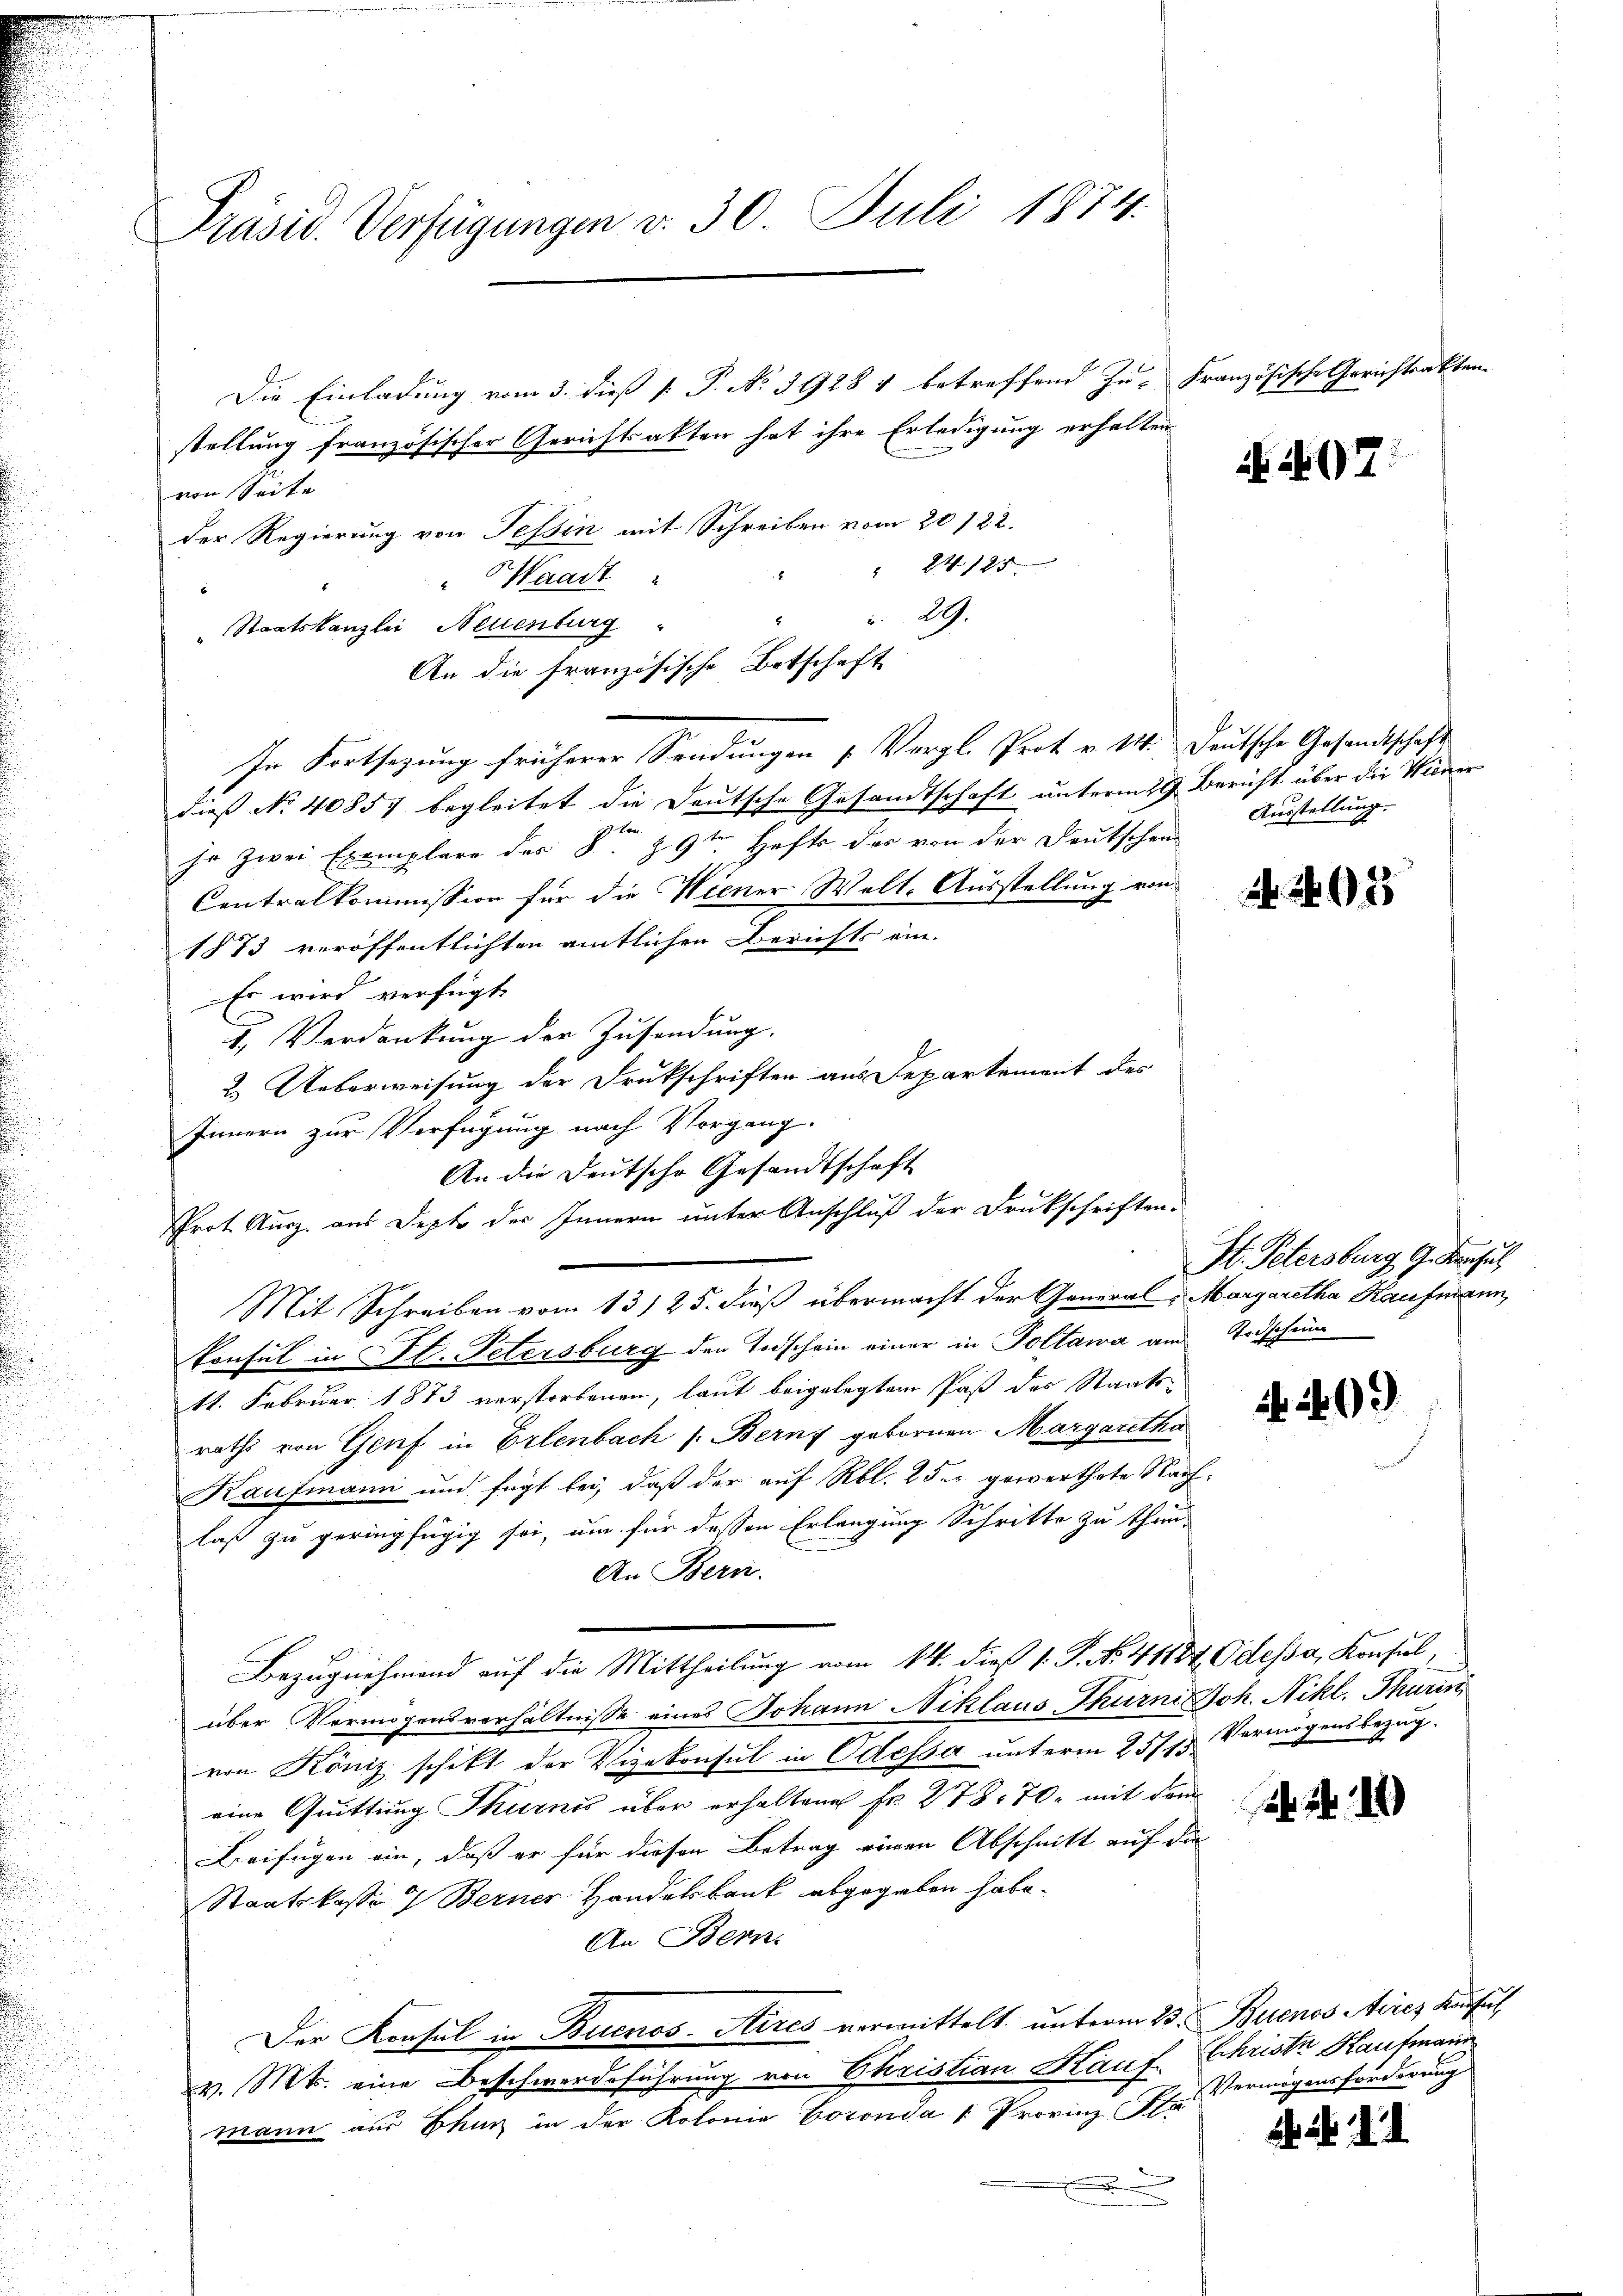
Präsid. Verfügungen v. 30 Juli 1874.

Die Einladung vom 3. dieß P. P. No 39284 betreffend Zu- Französische Gerichtsakten
stellung französischer Gerichtsakten hat ihre Erledigung erhalten
von Seite
der Regierung von Tessin mit Schreiben vom 20122.
24125
“ Waadt
29.
Staatskanzlei Neuenburg
An die französische Botschaft
In Fortsezung früherer Sendungen Vergl. Prot. v. 14. Deutsche Gesandtschaft
dieß No 40857 begleitet die Deutsche Gesandtschaft unterm 29. Bericht über die Wiener
hr zwei Exemplare der §. 29ten Hefts der von der Deutschen
Centralkommission für die Wiener Welt-Ausstellung von
1873 veröffentlichten amtlichen Berichts ein.
Es wird verfügt
5. Verdankung der Zusendung.
2. Ueberweisung der Drukschriften aus Departement des
Innern zur Verfügung nach Vorgang.
An die Deutsche Gesandtschaft
Prot. Ausz. aus Depto des Innern unter Anschluß der Drukschriften-
Mit Schreiben vom 13. 25. dieß übermacht der General-Margaretha Kaufmann,
konsul in St. Petersburg den Todschein einer in Poltawa am Todschun
11. Februar 1883 verstorbenen, laut beigelegtem Paß des Staatsraths von Genf in Erlenbach s. Bern gebornen Margaretha
Kaufmann und fügt bei, daß der auf Rbl. 25. gewerthete Nachlaß zu geringfügig sei, um für dessen Erlangung Schritte zu thun,
An Bern.
Bezugnahmend auf die Mittheilung vom 14. dieß 1. P. No. 41184, Odessa, Konsul,
über Vermögensverhältnisse eines Johann Niklaus Thurni Joh. Nikl. Thurin
von Köniz schikt der Vizekonsul in Odessa unterm 251. 73. Vermögensbezug.
eine Quittung Thurnis über erhaltene Fr. 278. 70. mit dem
Beifügen ein, daß er für diesen Betrag einen Abschnitt auf die
Staatskasso 7 Berner Handelsbank abgegeben habe.
An Bern.
Der Konsul in Buenos-Aires vermittelt, unterm 23. Buenos Aires Kaufsich
v. Mts. eine Beschwerdeführung von Christian Kauf. Schriste Kaufmann
mann aus Thur in der Kolonia Goronda " Provinz Pla

497.

Ausstellung.

Nr. 293

I. Petersburg G. Konsul

299)

26. 21

Vermögensforderung

. . .